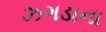
ઝગડાના